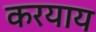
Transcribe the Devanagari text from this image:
करयाय